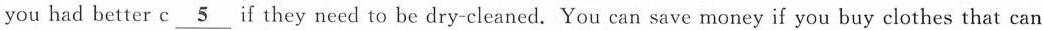
you had better c\underline{5} if they need to be dry-cleaned. You can save money if you buy clothes that can